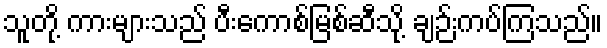
သူတို့ ကားများသည် ပီးကောစ်မြစ်ဆီသို့ ချဉ်းကပ်ကြသည်။